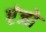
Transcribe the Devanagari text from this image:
एंजो